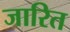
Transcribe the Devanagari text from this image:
जारित